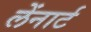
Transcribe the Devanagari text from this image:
लेंनार्ट